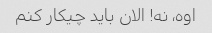
اوه، نه! الان باید چیکار کنم